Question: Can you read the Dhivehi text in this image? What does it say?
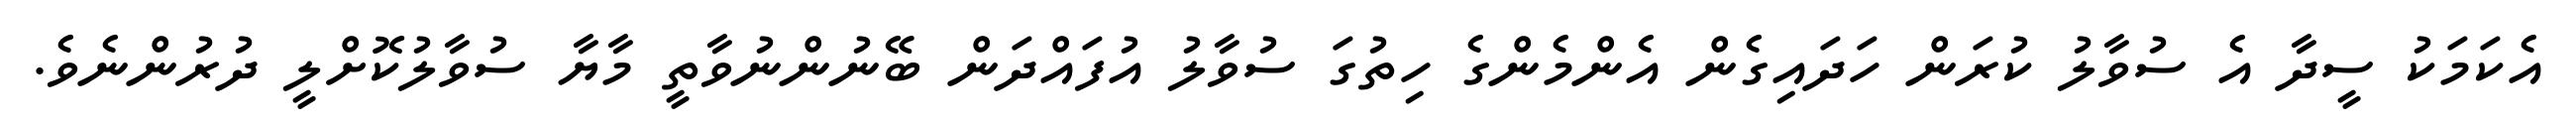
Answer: އެކަމަކު ސީދާ އެ ސުވާލު ކުރަން ހަދައިގެން އެންމެންގެ ހިތުގަ ސުވާލު އުފައްދަން ބޭނުންނުވާތީ މާޔާ ސުވާލުކޮށްލީ ދުރުންނެވެ.